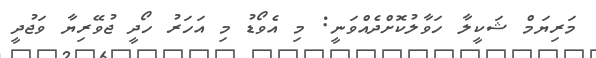
މަރިޔަމް ޝަކީލާ ހަވާލުކޮށްދެއްވަނީ: މި އެވޯޑު މި އަހަރު ހޯދީ ޖުވޭރިޔާ ވަޖުދީ